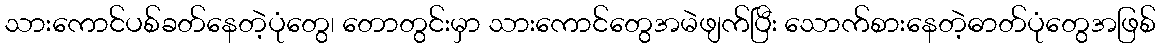
သားကောင်ပစ်ခတ်နေတဲ့ပုံတွေ၊ တောတွင်းမှာ သားကောင်တွေအမဲဖျက်ပြီး သောက်စားနေတဲ့ဓာတ်ပုံတွေအဖြစ်